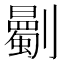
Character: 𠠡